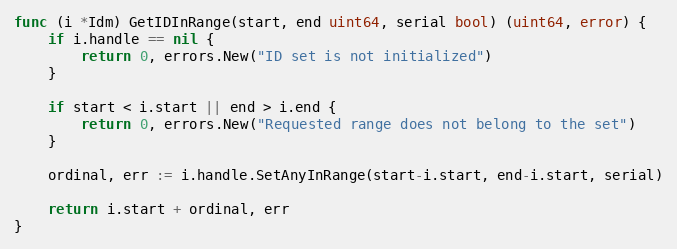
Language: Go
func (i *Idm) GetIDInRange(start, end uint64, serial bool) (uint64, error) {
	if i.handle == nil {
		return 0, errors.New("ID set is not initialized")
	}

	if start < i.start || end > i.end {
		return 0, errors.New("Requested range does not belong to the set")
	}

	ordinal, err := i.handle.SetAnyInRange(start-i.start, end-i.start, serial)

	return i.start + ordinal, err
}